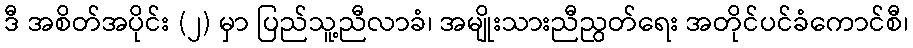
ဒီ အစိတ်အပိုင်း (၂) မှာ ပြည်သူ့ညီလာခံ၊ အမျိုးသားညီညွတ်ရေး အတိုင်ပင်ခံကောင်စီ၊